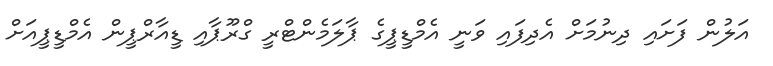
އަލުން ފަށައި ދިނުމަށް އެދިފައި ވަނީ އެމްޑީޕީގެ ޕާލަމެންޓްރީ ގްރޫޕާއި ޑީއާރްޕީން އެމްޑީޕީއަށް